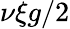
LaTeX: \nu\xi g/2